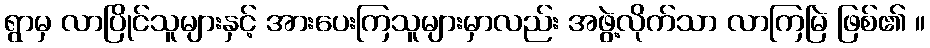
ရွာမှ လာပြိုင်သူများနှင့် အားပေးကြသူများမှာလည်း အဖွဲ့လိုက်သာ လာကြမြဲ ဖြစ်၏ ။